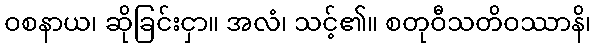
ဝစနာယ၊ ဆိုခြင်းငှာ။ အလံ၊ သင့်၏။ စတုဝီသတိဝဿာနိ၊